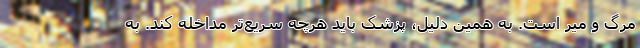
مرگ و میر است. به همین دلیل، پزشک باید هرچه سریع‌تر مداخله کند. به